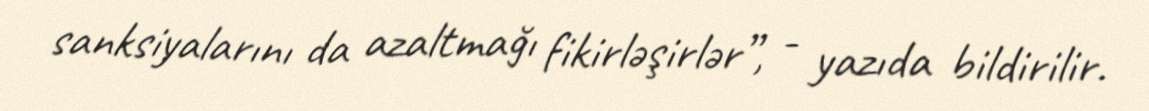
sanksiyalarını da azaltmağı fikirləşirlər”, - yazıda bildirilir.